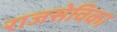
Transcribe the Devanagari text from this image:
राजसेविका